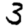
Digit: 3